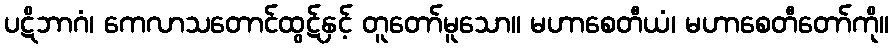
ပဋိဘာဂံ၊ ကေလာသတောင်ထွဋ်နှင့် တူတော်မူသော။ မဟာစေတီယံ၊ မဟာစေတီတော်ကို။